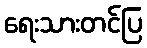
ရေးသားတင်ပြ